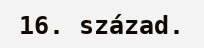
16. század.